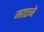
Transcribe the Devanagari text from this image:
माएने